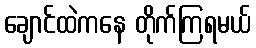
ချောင်ထဲကနေ တိုက်ကြရမယ်